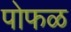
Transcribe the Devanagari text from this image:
पोफळ